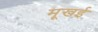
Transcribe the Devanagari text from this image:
मूखई